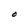
Character: O